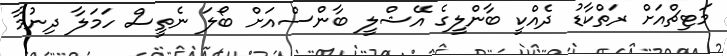
މަޓިޗްއަށް ރަތްކާޑު ދެއްކީ ބާންލީގެ އޭޝްލީ ބާންސްއަށް ބޯލަ ނެތީސް ހަމަލާ ދިނުމާ